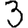
Digit: 3